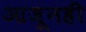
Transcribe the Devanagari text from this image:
आजूनही